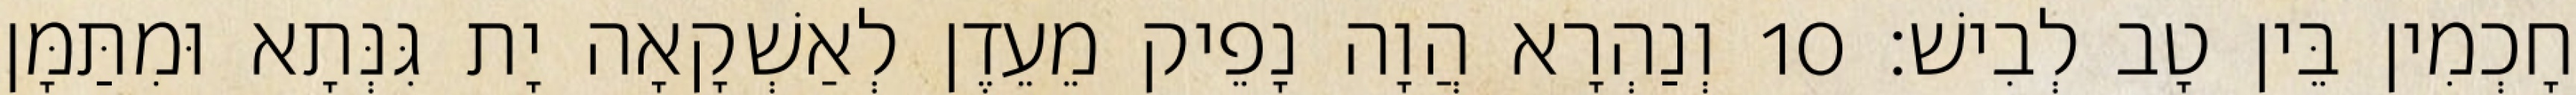
חָכְמִין בֵּין טָב לְבִישׁ׃ 10 וְנַהְרָא הֲוָה נָפֵיק מֵעֵדֶן לְאַשְׁקָאָה יָת גִּנְּתָא וּמִתַּמָּן